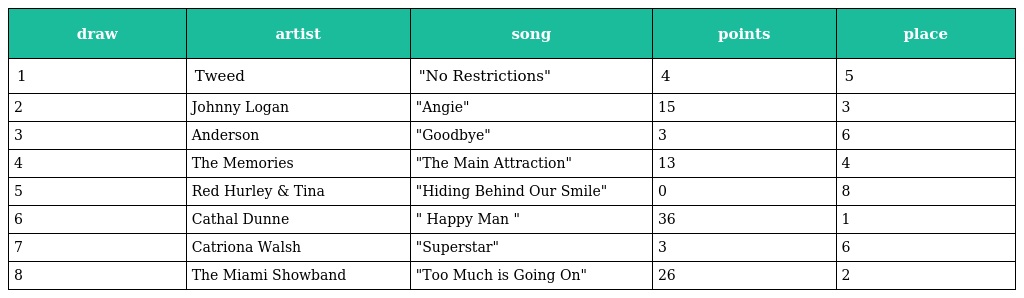
| draw | artist | song | points | place |
 | --- | --- | --- | --- | --- |
 | 1 | Tweed | "No Restrictions" | 4 | 5 |
 | 2 | Johnny Logan | "Angie" | 15 | 3 |
 | 3 | Anderson | "Goodbye" | 3 | 6 |
 | 4 | The Memories | "The Main Attraction" | 13 | 4 |
 | 5 | Red Hurley & Tina | "Hiding Behind Our Smile" | 0 | 8 |
 | 6 | Cathal Dunne | " Happy Man " | 36 | 1 |
 | 7 | Catriona Walsh | "Superstar" | 3 | 6 |
 | 8 | The Miami Showband | "Too Much is Going On" | 26 | 2 |